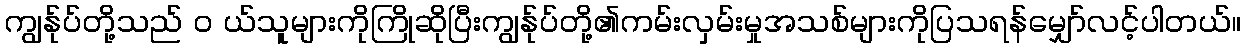
ကျွန်ုပ်တို့သည် ၀ ယ်သူများကိုကြိုဆိုပြီးကျွန်ုပ်တို့၏ကမ်းလှမ်းမှုအသစ်များကိုပြသရန်မျှော်လင့်ပါတယ်။